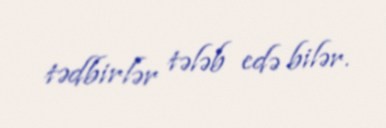
tədbirlər tələb edə bilər.